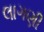
લાગણી